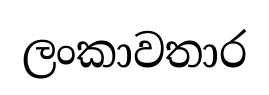
ලංකාවතාර